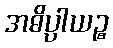
အဓိပ္ပါယဉ္စ